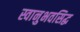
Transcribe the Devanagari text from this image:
स्वानुभवसिद्ध